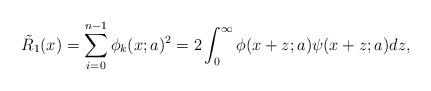
LaTeX: \begin{align*}\tilde{R}_1(x)=\sum_{i=0}^{n-1}\phi_k(x;a)^2=2\int_0^\infty\phi(x+z;a)\psi(x+z;a)dz,\end{align*}